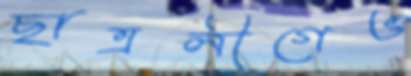
ছাত্রলীগেও